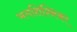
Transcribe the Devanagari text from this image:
भगशिश्निका